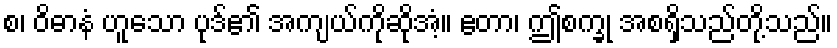
စ၊ ဝိဓာနံ ဟူသော ပုဒ်၏ အကျယ်ကိုဆိုအံ့။ ဧတာ၊ ဤစက္ခု အစရှိသည်တို့သည်။